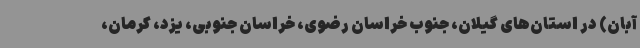
آبان) در استان‌های گیلان، جنوب خراسان رضوی، خراسان جنوبی، یزد، کرمان،